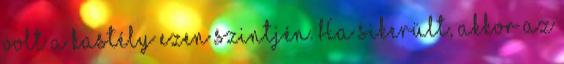
volt a kastély ezen szintjén. Ha sikerült, akkor az